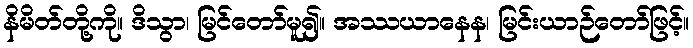
နိမိတ်တို့ကို။ ဒိသွာ၊ မြင်တော်မူ၍။ အဿယာနေန၊ မြင်းယာဉ်တော်ဖြင့်။